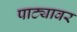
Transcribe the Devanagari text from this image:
पाट्यावर